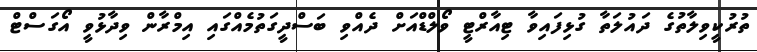
ތުރުކީވިލާތުގެ ދައުލަތާ ގުޅިފައިވާ ޓިއާރްޓީ ވޯލްޑްއަށް ދެއްވި ބަސްދީގަތުމެއްގައި އިމްރާން ވިދާޅުވީ އޯގަސްޓް